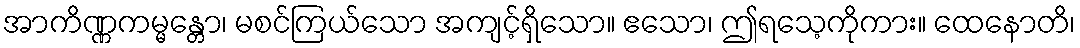
အာကိဏ္ဏကမ္မန္တော၊ မစင်ကြယ်သော အကျင့်ရှိသော။ ဧသော၊ ဤရသေ့ကိုကား။ ထေနောတိ၊